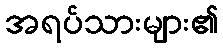
အရပ်သားများ၏